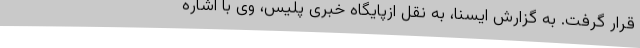
قرار گرفت. به گزارش ایسنا، به نقل ازپایگاه خبری پلیس، وی با اشاره